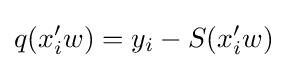
q(x_{i}'w)=y_{i}-S(x_{i}'w)